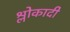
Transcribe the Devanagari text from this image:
श्लोकादी